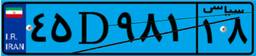
۴۵D۹۸۱۱۸